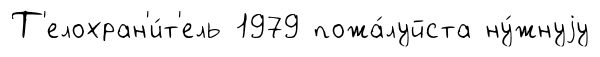
Т'елохран'и́т'ель 1979 пожа́луйста ну́жнуjу